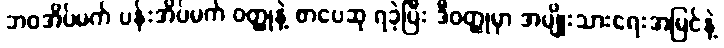
ဘဝအိပ်မက် ပန်းအိပ်မက် ဝတ္ထုနဲ့ စာပေဆု ရခဲ့ပြီး ဒီဝတ္ထုမှာ အမျိုးသားရေးအမြင်နဲ့